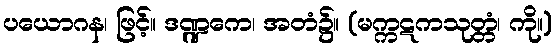
ပယောဂန၊ ဖြင့်။ ဒဏ္ဍကေ၊ အတံ၌။ (မက္ကဋကသုတ္တံ၊ ကို။)